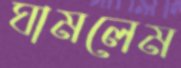
ঘামলেম